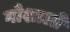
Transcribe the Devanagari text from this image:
गोशालों